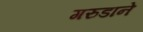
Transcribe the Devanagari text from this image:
गरुडाने